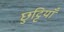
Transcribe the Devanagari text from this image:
छुट्टियाँ